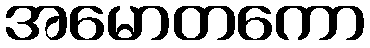
အမောတကော